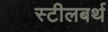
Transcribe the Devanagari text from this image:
स्टीलबर्थ